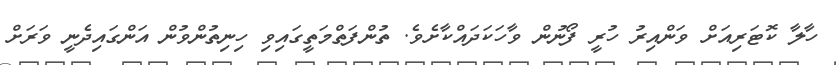
ހާލާ ކޮޓަރިއަށް ވަންއިރު ހުރީ ފޯނުން ވާހަކަދައްކާށެވެ. ތުންފަތްމަތީގައިވި ހިނިތުންވުން އަންގައިދެނީ ވަރަށް